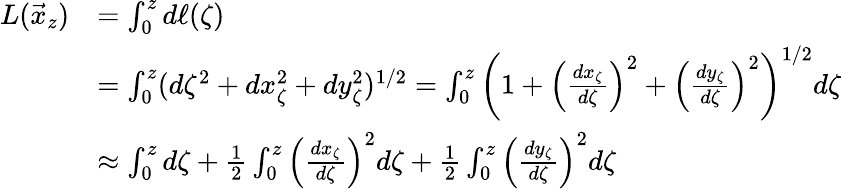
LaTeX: \begin{array}{rl}{L(\vec{x}_{z})}&{=\int_{0}^{z}d\ell(\zeta)}\\ &{=\int_{0}^{z}(d\zeta^{2}+dx_{\zeta}^{2}+dy_{\zeta}^{2})^{1/2}=\int_{0}^{z}\left(1+\left(\frac{dx_{\zeta}}{d\zeta}\right)^{2}+\left(\frac{dy_{\zeta}}{d\zeta}\right)^{2}\right)^{1/2}d\zeta}\\ &{\approx\int_{0}^{z}d\zeta+\frac{1}{2}\int_{0}^{z}\left(\frac{dx_{\zeta}}{d\zeta}\right)^{2}d\zeta+\frac{1}{2}\int_{0}^{z}\left(\frac{dy_{\zeta}}{d\zeta}\right)^{2}d\zeta}\end{array}